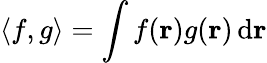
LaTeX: \langle f,g\rangle=\int f(\mathbf{r})g(\mathbf{r})\, \mathrm{d}\mathbf{r}